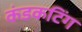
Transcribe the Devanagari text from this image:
कंडकटिंग